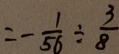
= - \frac { 1 } { 5 6 } \div \frac { 3 } { 8 }